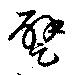
躄